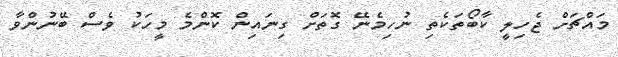
މައްޗަށް ޖެހިލީ ކާބޯތަކެތި ނުހިމެނޭ ގޮތަށް ގިނައިން ކޮންމެ މީހަކު ވެސް ބޭނުންވާ